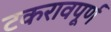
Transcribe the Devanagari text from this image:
टकरावपूर्ण